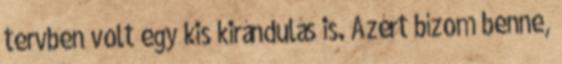
tervben volt egy kis kirándulás is. Azért bízom benne,